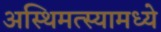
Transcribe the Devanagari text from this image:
अस्थिमत्स्यामध्ये